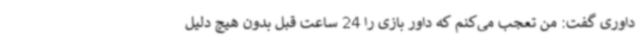
داوری گفت: من تعجب می‌کنم که داور بازی را 24 ساعت قبل بدون هیچ دلیل